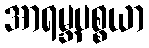
အာရမ္ဘပစ္စယာ